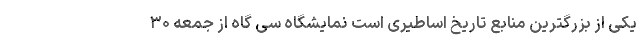
یکی از بزرگترین منابع تاریخ اساطیری است نمایشگاه سی گاه از جمعه ۳۰